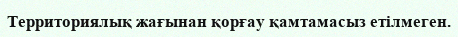
Территориялық жағынан қорғау қамтамасыз етілмеген.